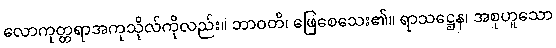
လောကုတ္တရာအကုသိုလ်ကိုလည်း။ ဘာဝတိ၊ ဖြေစေသေး၏။ ရာသဋ္ဌေန၊ အစုဟူသော